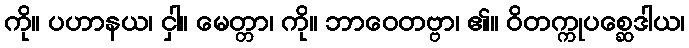
ကို။ ပဟာနယ၊ ငှါ။ မေတ္တာ၊ ကို။ ဘာဝေတဗ္ဗာ၊ ၏။ ဝိတက္ကုပစ္ဆေဒါယ၊